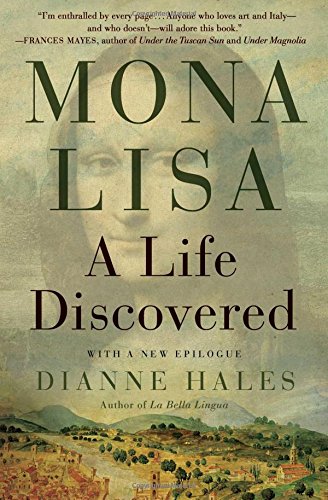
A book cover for Mona Lisa: A Life Discovered; Dianne Hales; History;